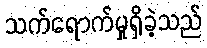
သက်ရောက်မှုရှိခဲ့သည်